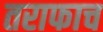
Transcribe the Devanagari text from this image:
तराफाच